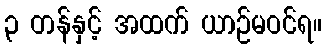
၃ တန်နှင့် အထက် ယာဉ်မဝင်ရ။